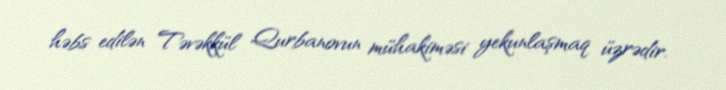
həbs edilən Təvəkkül Qurbanovun mühakiməsi yekunlaşmaq üzrədir.